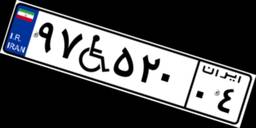
۹۷W۵۲۰۰۴